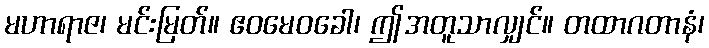
မဟာရာဇ၊ မင်းမြတ်။ ဧဝမေဝခေါ၊ ဤအတူသာလျှင်။ တထာဂတာနံ၊